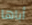
أباها